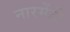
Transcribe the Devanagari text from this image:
नारमेंडी